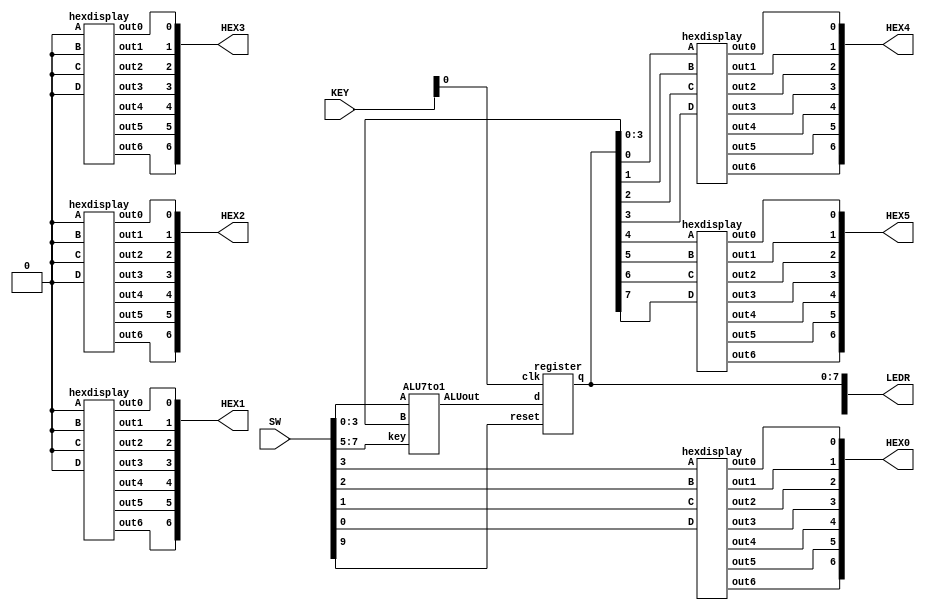
module part2(LEDR,SW,KEY,HEX0,HEX1,HEX2,HEX3,HEX4,HEX5);
	input[9:0]SW;
	input[1:0]KEY;
	output[9:0]LEDR;
	output[6:0] HEX0,HEX1,HEX2,HEX3,HEX4,HEX5;
	wire[7:0] regout;
	wire[7:0] noregout;
	
	ALU7to1 a1(.A(SW[3:0]),
	.B(regout[3:0]),
	.key(SW[7:5]),
	.ALUout(noregout[7:0]));
	
	register r1(.d(noregout[7:0]),
	.reset(SW[9]),
	.clk(KEY[0]),
	.q(regout));
	
	assign LEDR[7:0] = regout;
	
	//A
	hexdisplay h0(
	.D(SW[0]),
	.C(SW[1]),
	.B(SW[2]),
	.A(SW[3]),
	.out0(HEX0[0]),
	.out1(HEX0[1]),
	.out2(HEX0[2]),
	.out3(HEX0[3]),
	.out4(HEX0[4]),
	.out5(HEX0[5]),
	.out6(HEX0[6]));
	
	hexdisplay h1(.D(1'b0),
	.C(1'b0),
	.B(1'b0),
	.A(1'b0),
	.out0(HEX1[0]),
	.out1(HEX1[1]),
	.out2(HEX1[2]),
	.out3(HEX1[3]),
	.out4(HEX1[4]),
	.out5(HEX1[5]),
	.out6(HEX1[6]));
	
	hexdisplay h2(.D(1'b0),
	.C(1'b0),
	.B(1'b0),
	.A(1'b0),
	.out0(HEX2[0]),
	.out1(HEX2[1]),
	.out2(HEX2[2]),
	.out3(HEX2[3]),
	.out4(HEX2[4]),
	.out5(HEX2[5]),
	.out6(HEX2[6]));
	
	hexdisplay h3(.D(1'b0),
	.C(1'b0),
	.B(1'b0),
	.A(1'b0),
	.out0(HEX3[0]),
	.out1(HEX3[1]),
	.out2(HEX3[2]),
	.out3(HEX3[3]),
	.out4(HEX3[4]),
	.out5(HEX3[5]),
	.out6(HEX3[6]));
	
	//lower 4 bits 
	hexdisplay h4(
	.D(regout[3]),
	.C(regout[2]),
	.B(regout[1]),
	.A(regout[0]),
	.out0(HEX4[0]),
	.out1(HEX4[1]),
	.out2(HEX4[2]),
	.out3(HEX4[3]),
	.out4(HEX4[4]),
	.out5(HEX4[5]),
	.out6(HEX4[6]));
	
	//upper 4 bits
	hexdisplay h5(
	.D(regout[7]),
	.C(regout[6]),
	.B(regout[5]),
	.A(regout[4]),
	.out0(HEX5[0]),
	.out1(HEX5[1]),
	.out2(HEX5[2]),
	.out3(HEX5[3]),
	.out4(HEX5[4]),
	.out5(HEX5[5]),
	.out6(HEX5[6]));
	

endmodule

module ALU7to1(A,B,key,ALUout);

   input[3:0] A;
	input[3:0] B;
	input[2:0] key;
	output [7:0] ALUout;
	reg [7:0] ALUout;
	wire cout;
	wire cout1;
	wire[3:0] sum;
	wire[3:0] sum1;
	
	rippleadder a1(
	.A(A[3:0]),
	.B(4'b0001),
	.cin(1'b0),
	.cout(cout),
	.sum(sum));
	
	rippleadder a2(
	.A(A[3:0]),
	.B(B[3:0]),
	.cin(1'b0),
	.cout(cout1),
	.sum(sum1));
	
	always @(*)
	begin
	    case(key)
		   3'b000://A+1
			  begin
			    ALUout[3:0] = sum;
				 ALUout[4] = cout;
				 ALUout[7:5] = 3'b000;
			  end
		   3'b001://A+B 
			  begin
			    ALUout[3:0] = sum1;
				 ALUout[4] = cout1;
				 ALUout[7:5] = 3'b000;
			  end
			3'b010://A+B
				ALUout = {4'b0000,A+B};
			3'b011:
			   ALUout = B<<A;
			3'b100:
			   ALUout = B>>A;
			3'b101:
			   ALUout = A*B;
			default: ALUout= 8'b00000000;
		 endcase
	end
endmodule

module rippleadder(A,B,cin,cout,sum);
   input[3:0] A;
	input[3:0] B;
	input cin;
	output cout;
	output[3:0] sum;
	wire f1,f2,f3;
	
	fulladder u0(.A(A[0]),
					 .B(B[0]),
					 .cin(cin),
					 .S(sum[0]),
					 .cout(f1));
	fulladder u1(.A(A[1]),
					 .B(B[1]),
					 .cin(f1),
					 .S(sum[1]),
					 .cout(f2));
	fulladder u2(.A(A[2]),
					 .B(B[2]),
					 .cin(f2),
					 .S(sum[2]),
					 .cout(f3));
   fulladder u3(.A(A[3]),
					 .B(B[3]),
					 .cin(f3),
					 .S(sum[3]),
					 .cout(cout));
endmodule

module fulladder(A,B,cin,S,cout);
	input A,B,cin;
	output S,cout;
	
	assign S=(A^B)^cin;
	assign cout= B & ~(A^B)| cin & (A^B);
	
endmodule

module register(d,reset,clk,q);
	input reset,clk;
	input[7:0] d;
	output[7:0] q;
	reg[7:0] q;
	
	always @(posedge clk)
	begin
	    if (reset == 1'b0)
		     q <= 0;
		 else
		     q <= d;
	end
endmodule

module hexdisplay(D,C,B,A,out0,out1,out2,out3,out4,out5,out6);
	input D,C,B,A;
	output out0,out1,out2,out3,out4,out5,out6;
	segment_0 m0
			(.D(D),
			 .C(C),
			 .B(B),
			 .A(A),
			 .out0(out0)
			);
   segment_1 m1
			(.D(D),
			 .C(C),
			 .B(B),
			 .A(A),
			 .out1(out1)
			);
	segment_2 m2
			(.D(D),
			 .C(C),
			 .B(B),
			 .A(A),
			 .out2(out2)
			);
	segment_3 m3
			(.D(D),
			 .C(C),
			 .B(B),
			 .A(A),
			 .out3(out3)
			);
	segment_4 m4
			(.D(D),
			 .C(C),
			 .B(B),
			 .A(A),
			 .out4(out4)
			);
	segment_5 m5
			(.D(D),
			 .C(C),
			 .B(B),
			 .A(A),
			 .out5(out5)
			);
	segment_6 m6
			(.D(D),
			 .C(C),
			 .B(B),
			 .A(A),
			 .out6(out6)
			);	
endmodule			

module segment_0(D,C,B,A,out0);
	input D;
	input C;
	input B;
	input A;
	output out0;
	
	assign out0 = (~A&~B&~C&D)|(~A&B&~C&~D)|(A&~B&C&D)|(A&B&~C&D);

endmodule


module segment_1(D,C,B,A,out1);
	input D;
	input C;
	input B;
	input A;
	output out1;
	
	assign out1 = (~A&B&~C&D)|(A&B&~D)|(B&C&~D)|(A&C&D);

endmodule


module segment_2(D,C,B,A,out2);
	input D;
	input C;
	input B;
	input A;
	output out2;
	
	assign out2 = (A&B&~D)|(A&B&C)|(~A&~B&C&~D);

endmodule


module segment_3(D,C,B,A,out3);
	input D;
	input C;
	input B;
	input A;
	output out3;
	
	assign out3 = B&C&D|~A&~B&~C&D|~A&B&~C&~D|A&~B&C&~D;

endmodule


module segment_4(D,C,B,A,out4);
	input D;
	input C;
	input B;
	input A;
	output out4;
	
	assign out4 = (~A&B&~C)|(~A&D)|(~B&~C&D);

endmodule


module segment_5(D,C,B,A,out5);
	input D;
	input C;
	input B;
	input A;
	output out5;
	
	assign out5 = (~A&~B&D)|(~A&~B&C)|(~A&C&D)|(A&B&~C&D);

endmodule


module segment_6(D,C,B,A,out6);
	input D;
	input C;
	input B;
	input A;
	output out6;
	
	assign out6 = (~A&~B&~C)|(~A&B&C&D)|(A&B&~C&~D);

endmodule